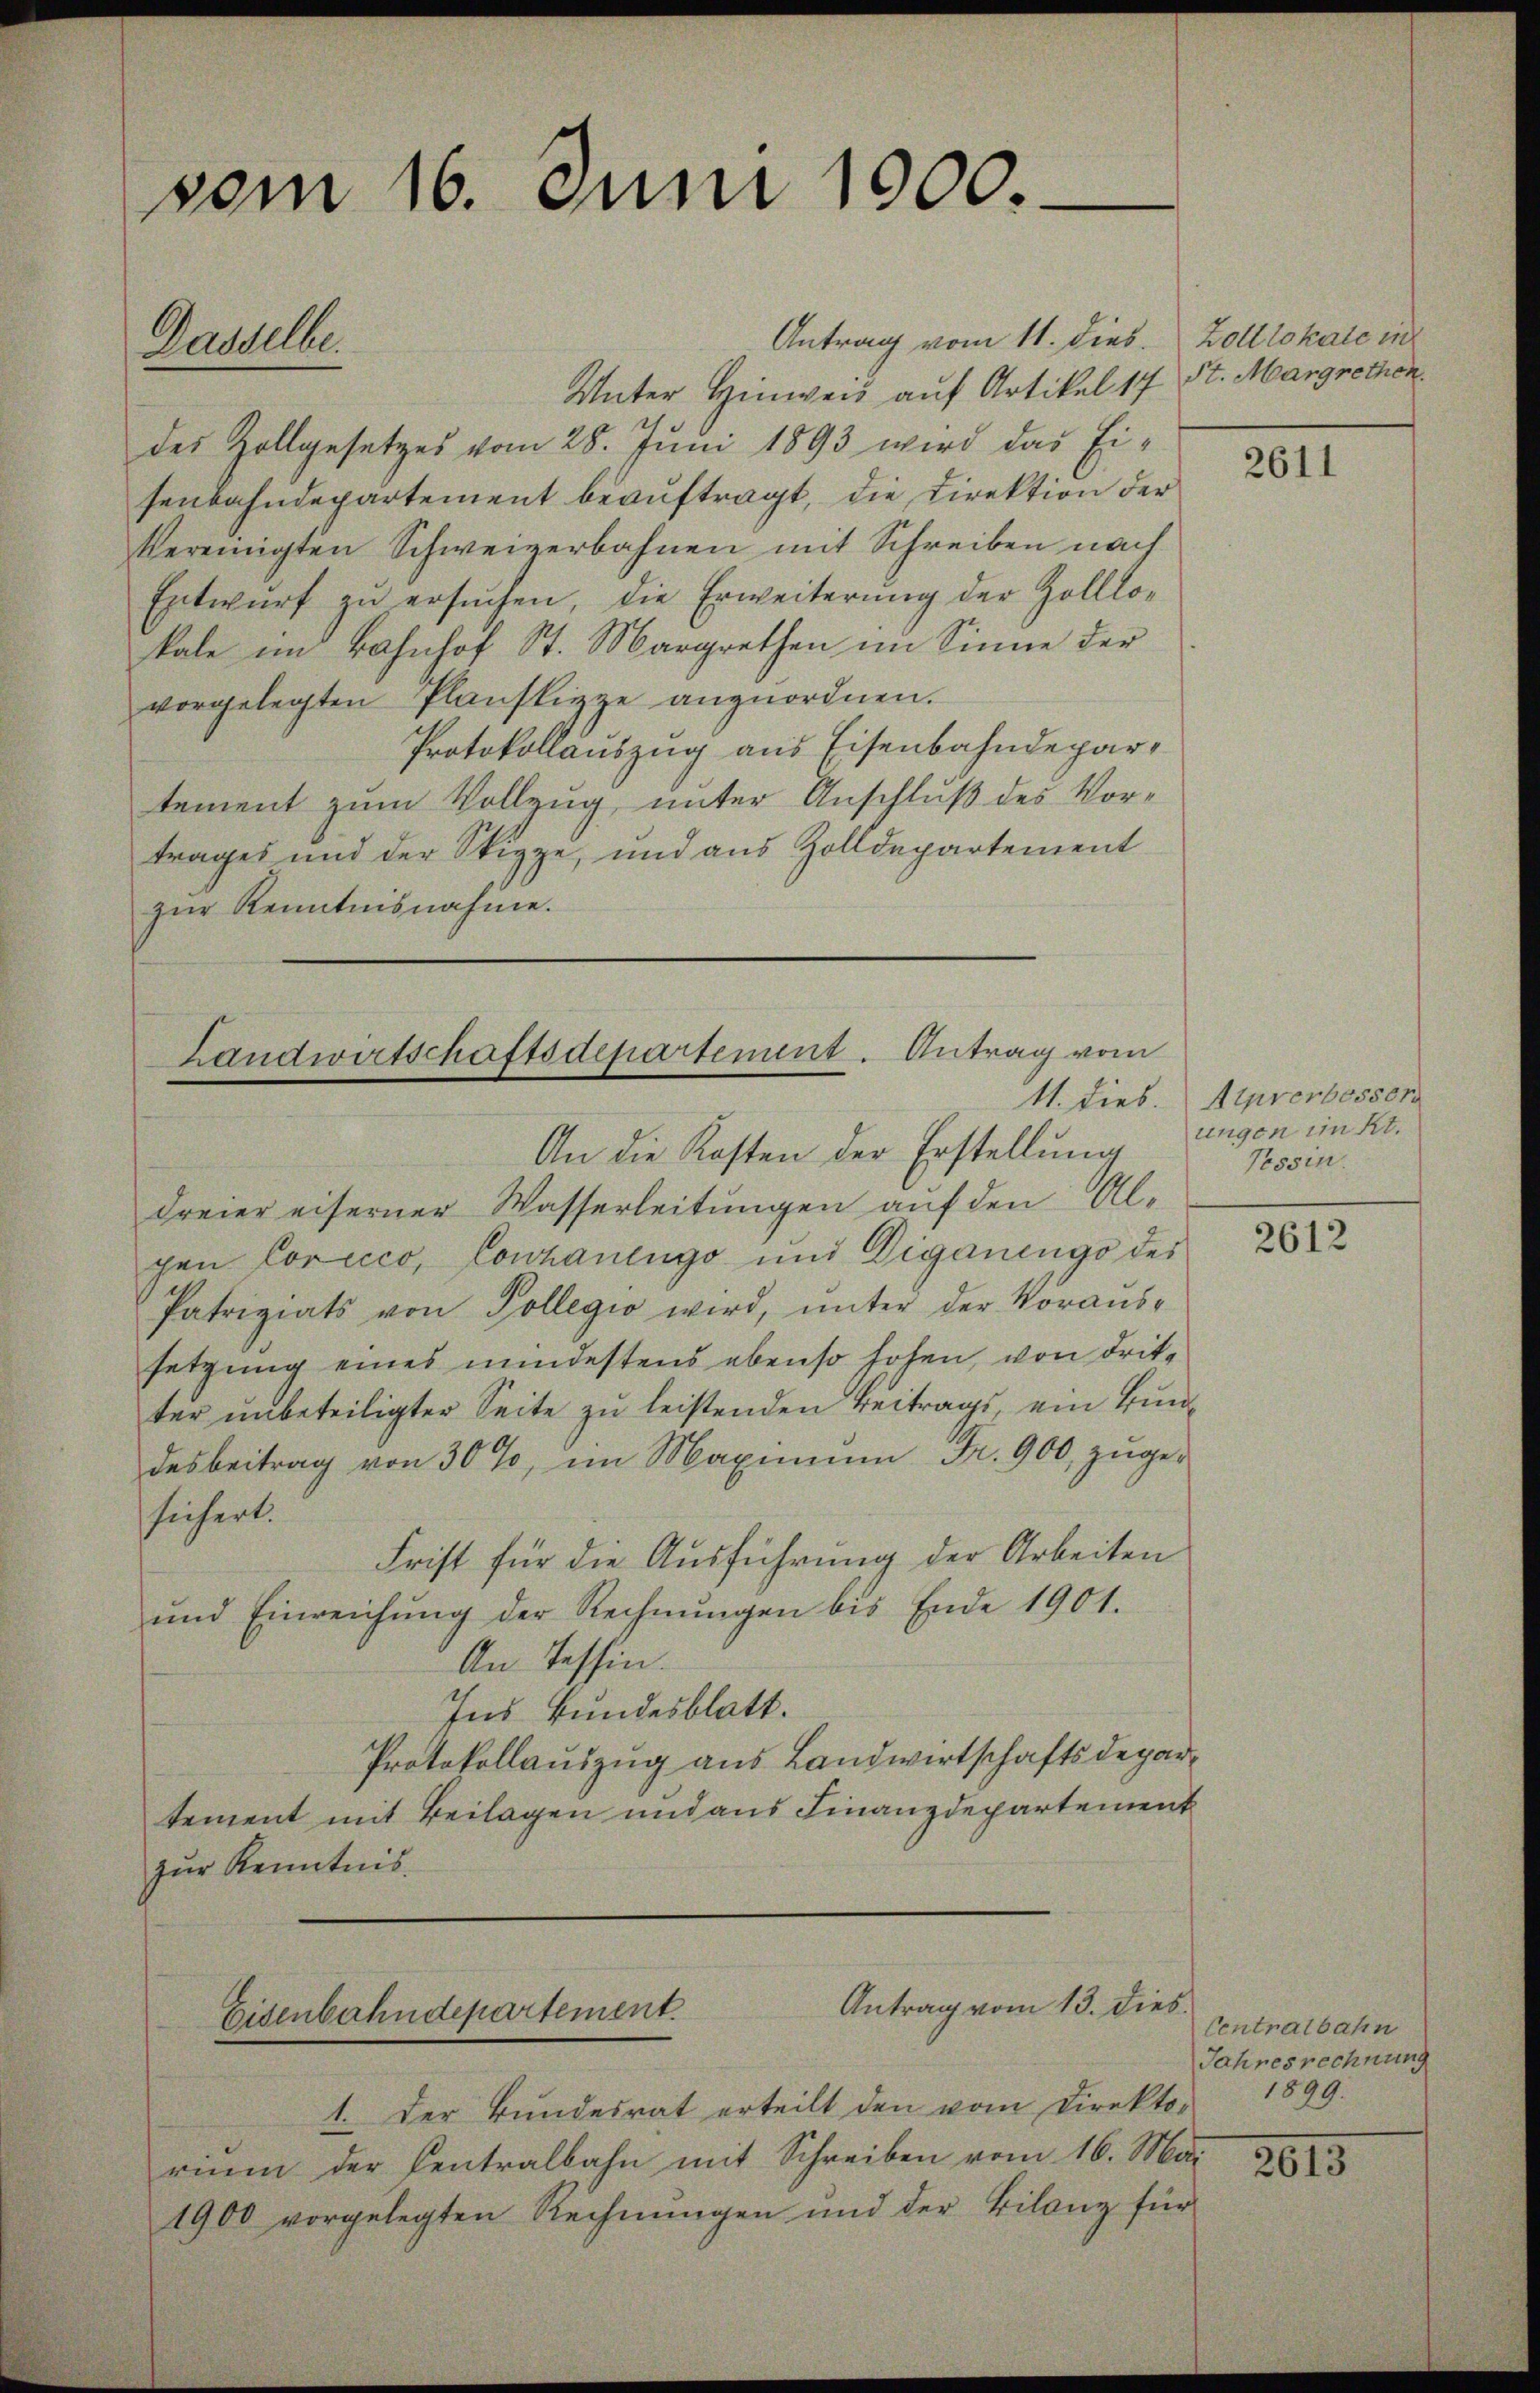
Unter Hinweis auf Artikel 17 St. Margrethen.
des Zollgesetzes vom 28. Juni 1893 wird das Eisenbahndepartement beauftragt, die Direktion der
vereinigten Schweizerbahnen mit Schreiben nach
Entwurf zu ersuchen, die Erweiterung der Zolllokale im Bahnhof St. Margrethen im Sinne der
vorgelegten Planskizze anzuordnen.
Protokollauszug aus Eisenbahndepartement zum Vollzug, unter Anschluß des Vortrages und der Skizze, und aus Zolldepartement
zŭr Kenntnisnahme.

vom 16. Juni 1000.
Antrag vom 11. dies
Dasselbe.

Landwirtschaftsdepartement. Antrag vom
41. Dieb.
An die Kosten der Erstellung

Freier eiferner Wasserleitungen auf den Algen Corccco, Couhanengo und Diganengo des
Patriziats von Pollegio wird, ŭnter der Voraus-
setzung eines mindestens ebenso hohen, von dritter unbeteiligter Seite zu leistenden Beitrags, ein Bundesbeitrag von 30%, im Maximum Fr. 900 zuge-
sichert.
Frist für die Ausführung der Arbeiten
und Einreichŭng der Rechnŭngen bis Ende 1901.
An Tessin.
Ins Bundesblatt.
Protokollauszug aus Landwirtschaftsdepartement mit Beilagen und aus Finanzdepartement
zur Kenntnis.

Antrag vom 13. dies.
Eisenbahndepartement.

1. Der Bŭndesrat erteilt den vom Direktor 1899.
rium der Centralbahn mit Schreiben vom 16. Mai
1900 vorgelegten Rechnungen und der Bilanz für

Zolllokale in

Atprerbesser
ungen im Kt.
Tessin.

2611

2612

Centralbahn
Jahresrechnung

2613